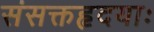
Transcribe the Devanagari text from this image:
संसक्तहृदयाः